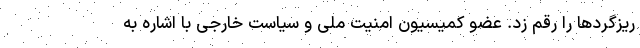
ریزگردها را رقم زد. عضو کمیسیون امنیت ملی و سیاست خارجی با اشاره به